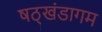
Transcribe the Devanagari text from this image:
षठ्खंडागम